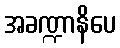
အခဏ္ဍာနိပေ